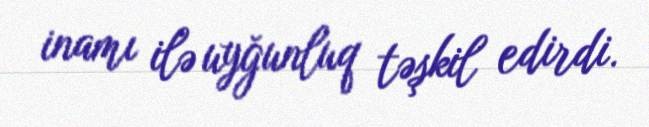
inamı ilə uyğunluq təşkil edirdi.